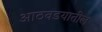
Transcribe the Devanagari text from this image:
आठवडयातील